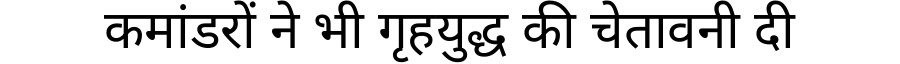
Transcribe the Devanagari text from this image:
कमांडरों ने भी गृहयुद्ध की चेतावनी दी